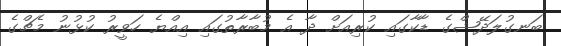
ބަނގުލަދޭޝްގެ ޑާކާގައި ކުރިއަށް ދާ އެ މުބާރާތުގައި އިއްޔެ ހަވީރު ކުޅުނު މެޗްގެ